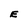
Character: E